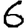
Digit: 6